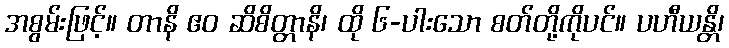
အစွမ်းဖြင့်။ တာနိ ဧဝ ဆိစိတ္တာနိ၊ ထို ၆-ပါးသော စတ်တို့ကိုပင်။ ပဟီယန္တိ၊